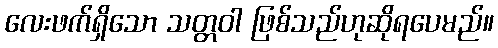
လေးဖက်ရှိသော သတ္တဝါ ဖြစ်သည်ဟုဆိုရပေမည်။